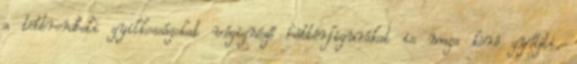
a többrendbeli gyilkosságokat végignéző háttérfigurákat is maga köré gyűjti.